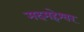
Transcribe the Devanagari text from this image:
मदमहेश्वर